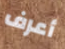
أعرف